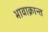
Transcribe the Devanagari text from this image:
भावाक्रान्त